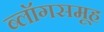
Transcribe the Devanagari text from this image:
ब्लॉगसमूह